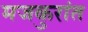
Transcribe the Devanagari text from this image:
मजकुरांत